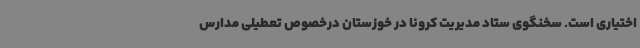
اختیاری است. سخنگوی ستاد مدیریت کرونا در خوزستان درخصوص تعطیلی مدارس